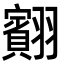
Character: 䎙